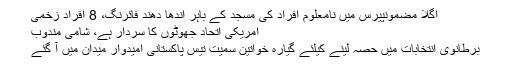
اگلا مضمونپیرس میں نامعلوم افراد کی مسجد کے باہر اندھا دھند فائرنگ، 8 افراد زخمی
امریکی اتحاد جھوٹوں کا سردار ہے، شامی مندوب
برطانوی انتخابات میں حصہ لینے کیلئے گیارہ خواتین سمیت تیس پاکستانی امیدوار میدان میں آ گئے